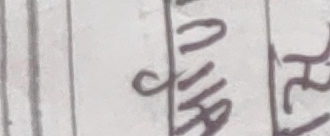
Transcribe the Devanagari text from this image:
अनामा